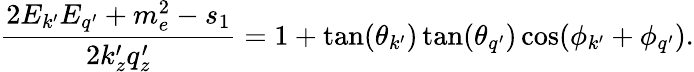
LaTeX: \frac{2E_{k^{\prime}}E_{q^{\prime}}+m_{e}^{2}-s_{1}}{2k_{z}^{\prime}q_{z}^{\prime}}=1+\tan(\theta_{k^{\prime}})\tan(\theta_{q^{\prime}})\cos(\phi_{k^{\prime}}+\phi_{q^{\prime}}).